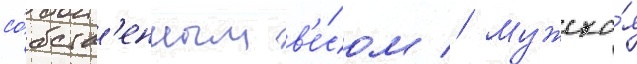
со́бств'енным в'е́сом // Мужска́я